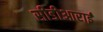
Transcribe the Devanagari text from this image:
सीडीआराई